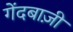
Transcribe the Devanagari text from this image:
गेंदबाज़़ी